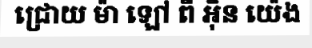
ជ្រោយ ម៉ា ឡៅ ពី អ៊ិន យ៉េង